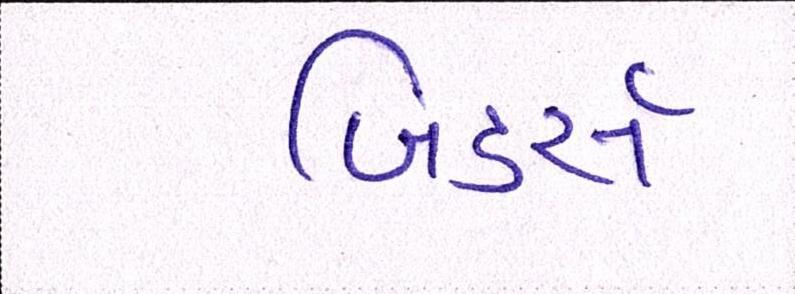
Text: બિડર્સ